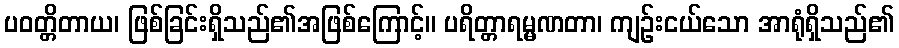
ပဝတ္တိတာယ၊ ဖြစ်ခြင်းရှိသည်၏အဖြစ်ကြောင့်။ ပရိတ္တာရမ္မဏတာ၊ ကျဉ်းငယ်သော အာရုံရှိသည်၏